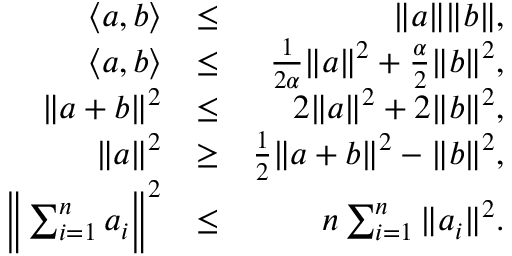
\begin{array} { r l r } { \left\langle a , b \right\rangle } & { \leq } & { \| a \| \| b \| , } \\ { \left\langle a , b \right\rangle } & { \leq } & { \frac { 1 } { 2 \alpha } \| a \| ^ { 2 } + \frac { \alpha } { 2 } \| b \| ^ { 2 } , } \\ { \| a + b \| ^ { 2 } } & { \leq } & { 2 \| a \| ^ { 2 } + 2 \| b \| ^ { 2 } , } \\ { \| a \| ^ { 2 } } & { \geq } & { \frac { 1 } { 2 } \| a + b \| ^ { 2 } - \| b \| ^ { 2 } , } \\ { \bigg \| \sum _ { i = 1 } ^ { n } a _ { i } \bigg \| ^ { 2 } } & { \leq } & { n \sum _ { i = 1 } ^ { n } \| a _ { i } \| ^ { 2 } . } \end{array}